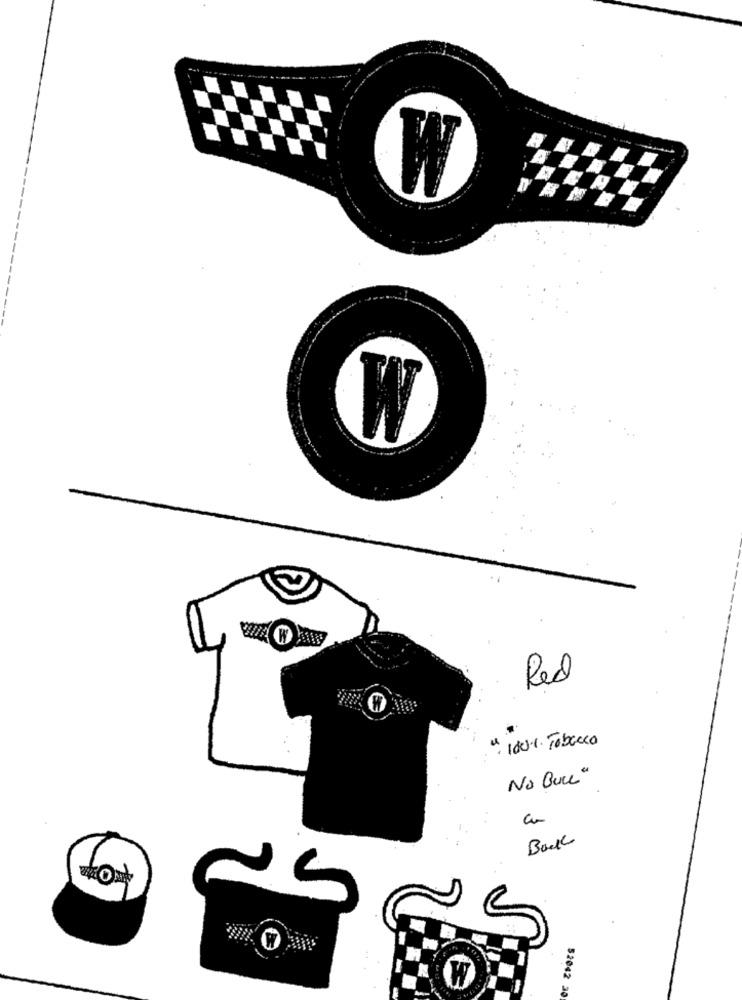
W
W
Red
" 100%. Tobacco
No Buck"
a
Boul
52042 30